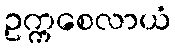
ဥက္ကစေလာယံ